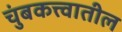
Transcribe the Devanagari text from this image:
चुंबकत्त्वातील